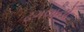
ઢગલાનો